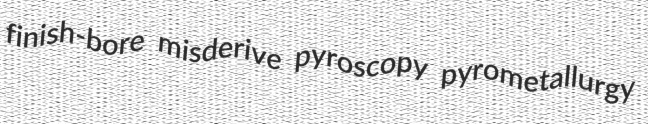
finish-bore misderive pyroscopy pyrometallurgy